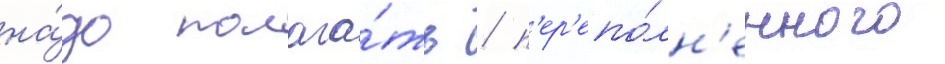
на́до полага́ть / п'ер'епо́лн'енного